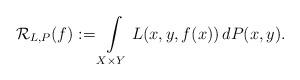
LaTeX: \begin{align*}\mathcal R_{L, P} (f) := \int\limits_{X \times Y} L(x, y, f(x)) \, d P(x, y).\end{align*}